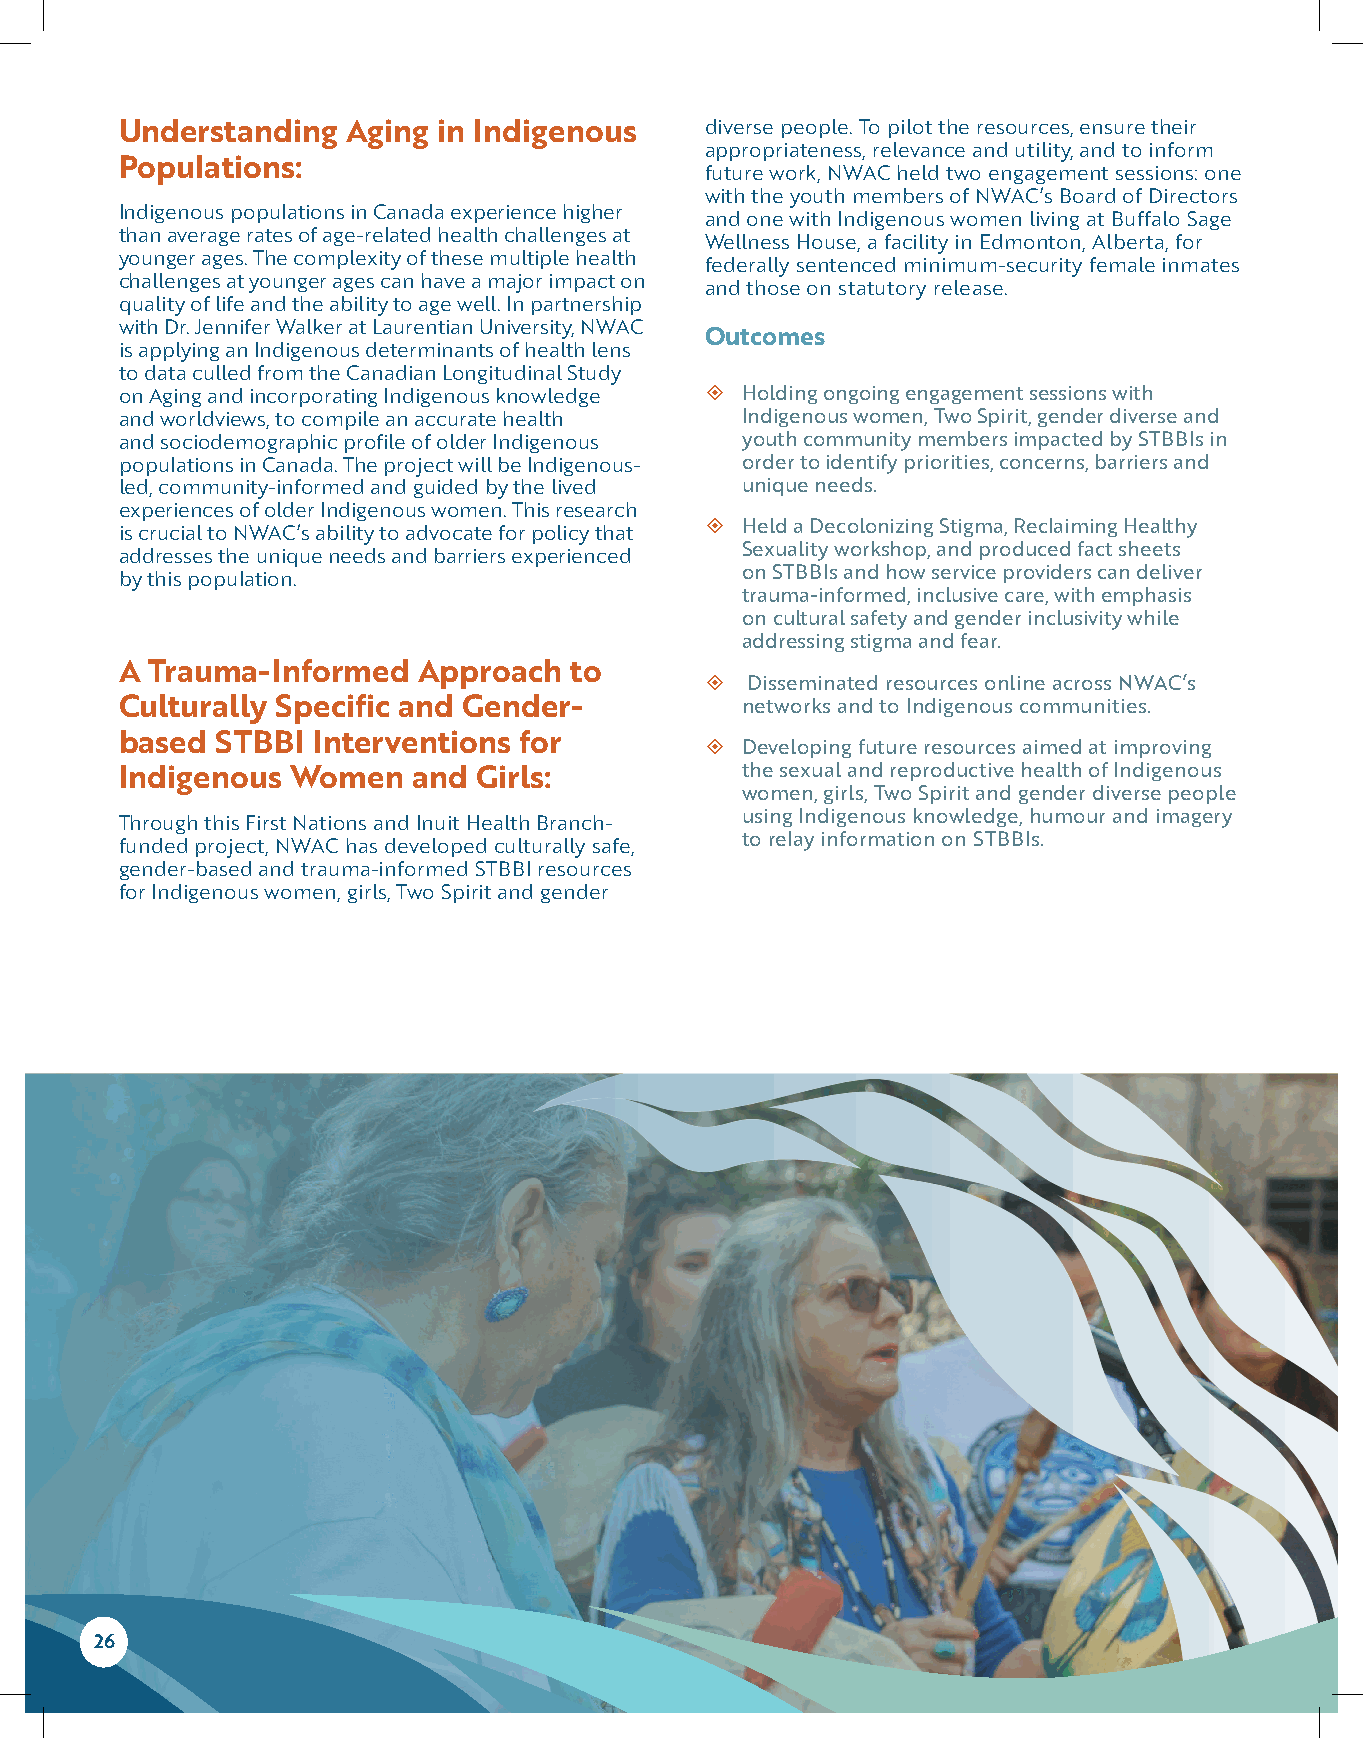
Understanding  Aging in Indigenous     diverse people. To pilot the resources, ensure their
 appropriateness, relevance and utility, and to inform
 Populations:
 future work, NWAC held two engagement sessions: one
 with the youth members of NWAC’s Board of Directors
 Indigenous populations in Canada experience higher
 and one with Indigenous women living at Buffalo Sage
 than average rates of age-related health challenges at
 Wellness House, a facility in Edmonton, Alberta, for
 younger ages. The complexity of these multiple health
 federally sentenced minimum-security female inmates
 challenges at younger ages can have a major impact on
 and those on statutory release.
 quality of life and the ability to age well. In partnership
 with Dr. Jennifer Walker at Laurentian University, NWAC
 Outcomes
 is applying an Indigenous determinants of health lens
 to data culled from the Canadian Longitudinal Study
 on Aging and incorporating Indigenous knowledge  Holding ongoing engagement sessions with
 and worldviews, to compile an accurate health Indigenous women, Two Spirit, gender diverse and
 and sociodemographic profile of older Indigenous youth community members impacted by STBBIs in
 populations in Canada. The project will be Indigenous- order to identify priorities, concerns, barriers and
 led, community-informed and guided by the lived unique needs.
 experiences of older Indigenous women. This research
  Held a Decolonizing Stigma, Reclaiming Healthy
 is crucial to NWAC’s ability to advocate for policy that
 Sexuality workshop, and produced fact sheets
 addresses the unique needs and barriers experienced
 on STBBIs and how service providers can deliver
 by this population.
 trauma-informed, inclusive care, with emphasis
 on cultural safety and gender inclusivity while
 addressing stigma and fear.
 A Trauma-Informed   Approach  to
   Disseminated resources online across NWAC’s
 Culturally Specific and Gender-          networks and to Indigenous communities.
 based STBBI  Interventions for
  Developing future resources aimed at improving
 Indigenous Women   and Girls:            the sexual and reproductive health of Indigenous
 women, girls, Two Spirit and gender diverse people
 using Indigenous knowledge, humour and imagery
 Through this First Nations and Inuit Health Branch-
 to relay information on STBBIs.
 funded project, NWAC has developed culturally safe,
 gender-based and trauma-informed STBBI resources
 for Indigenous women, girls, Two Spirit and gender
 26